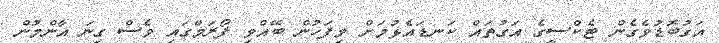
އަގުބޮޑުވެގެން ޓެކްސީގެ އަގުތައް ކަނޑައެޅުމަށް މިފަހުން ބޭއްވި ފޯރަމްގައި ވެސް ގިނަ އާންމުން